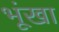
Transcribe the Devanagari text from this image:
भूंखा